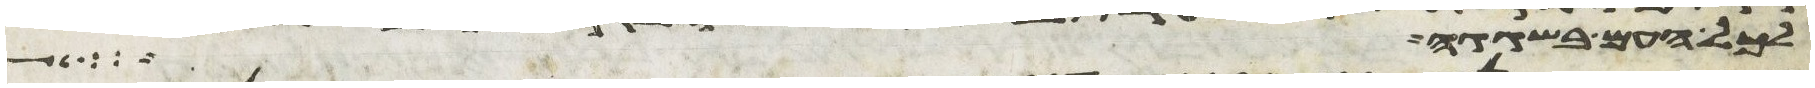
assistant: לכל העם בשגגה